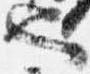
也